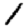
Digit: 1